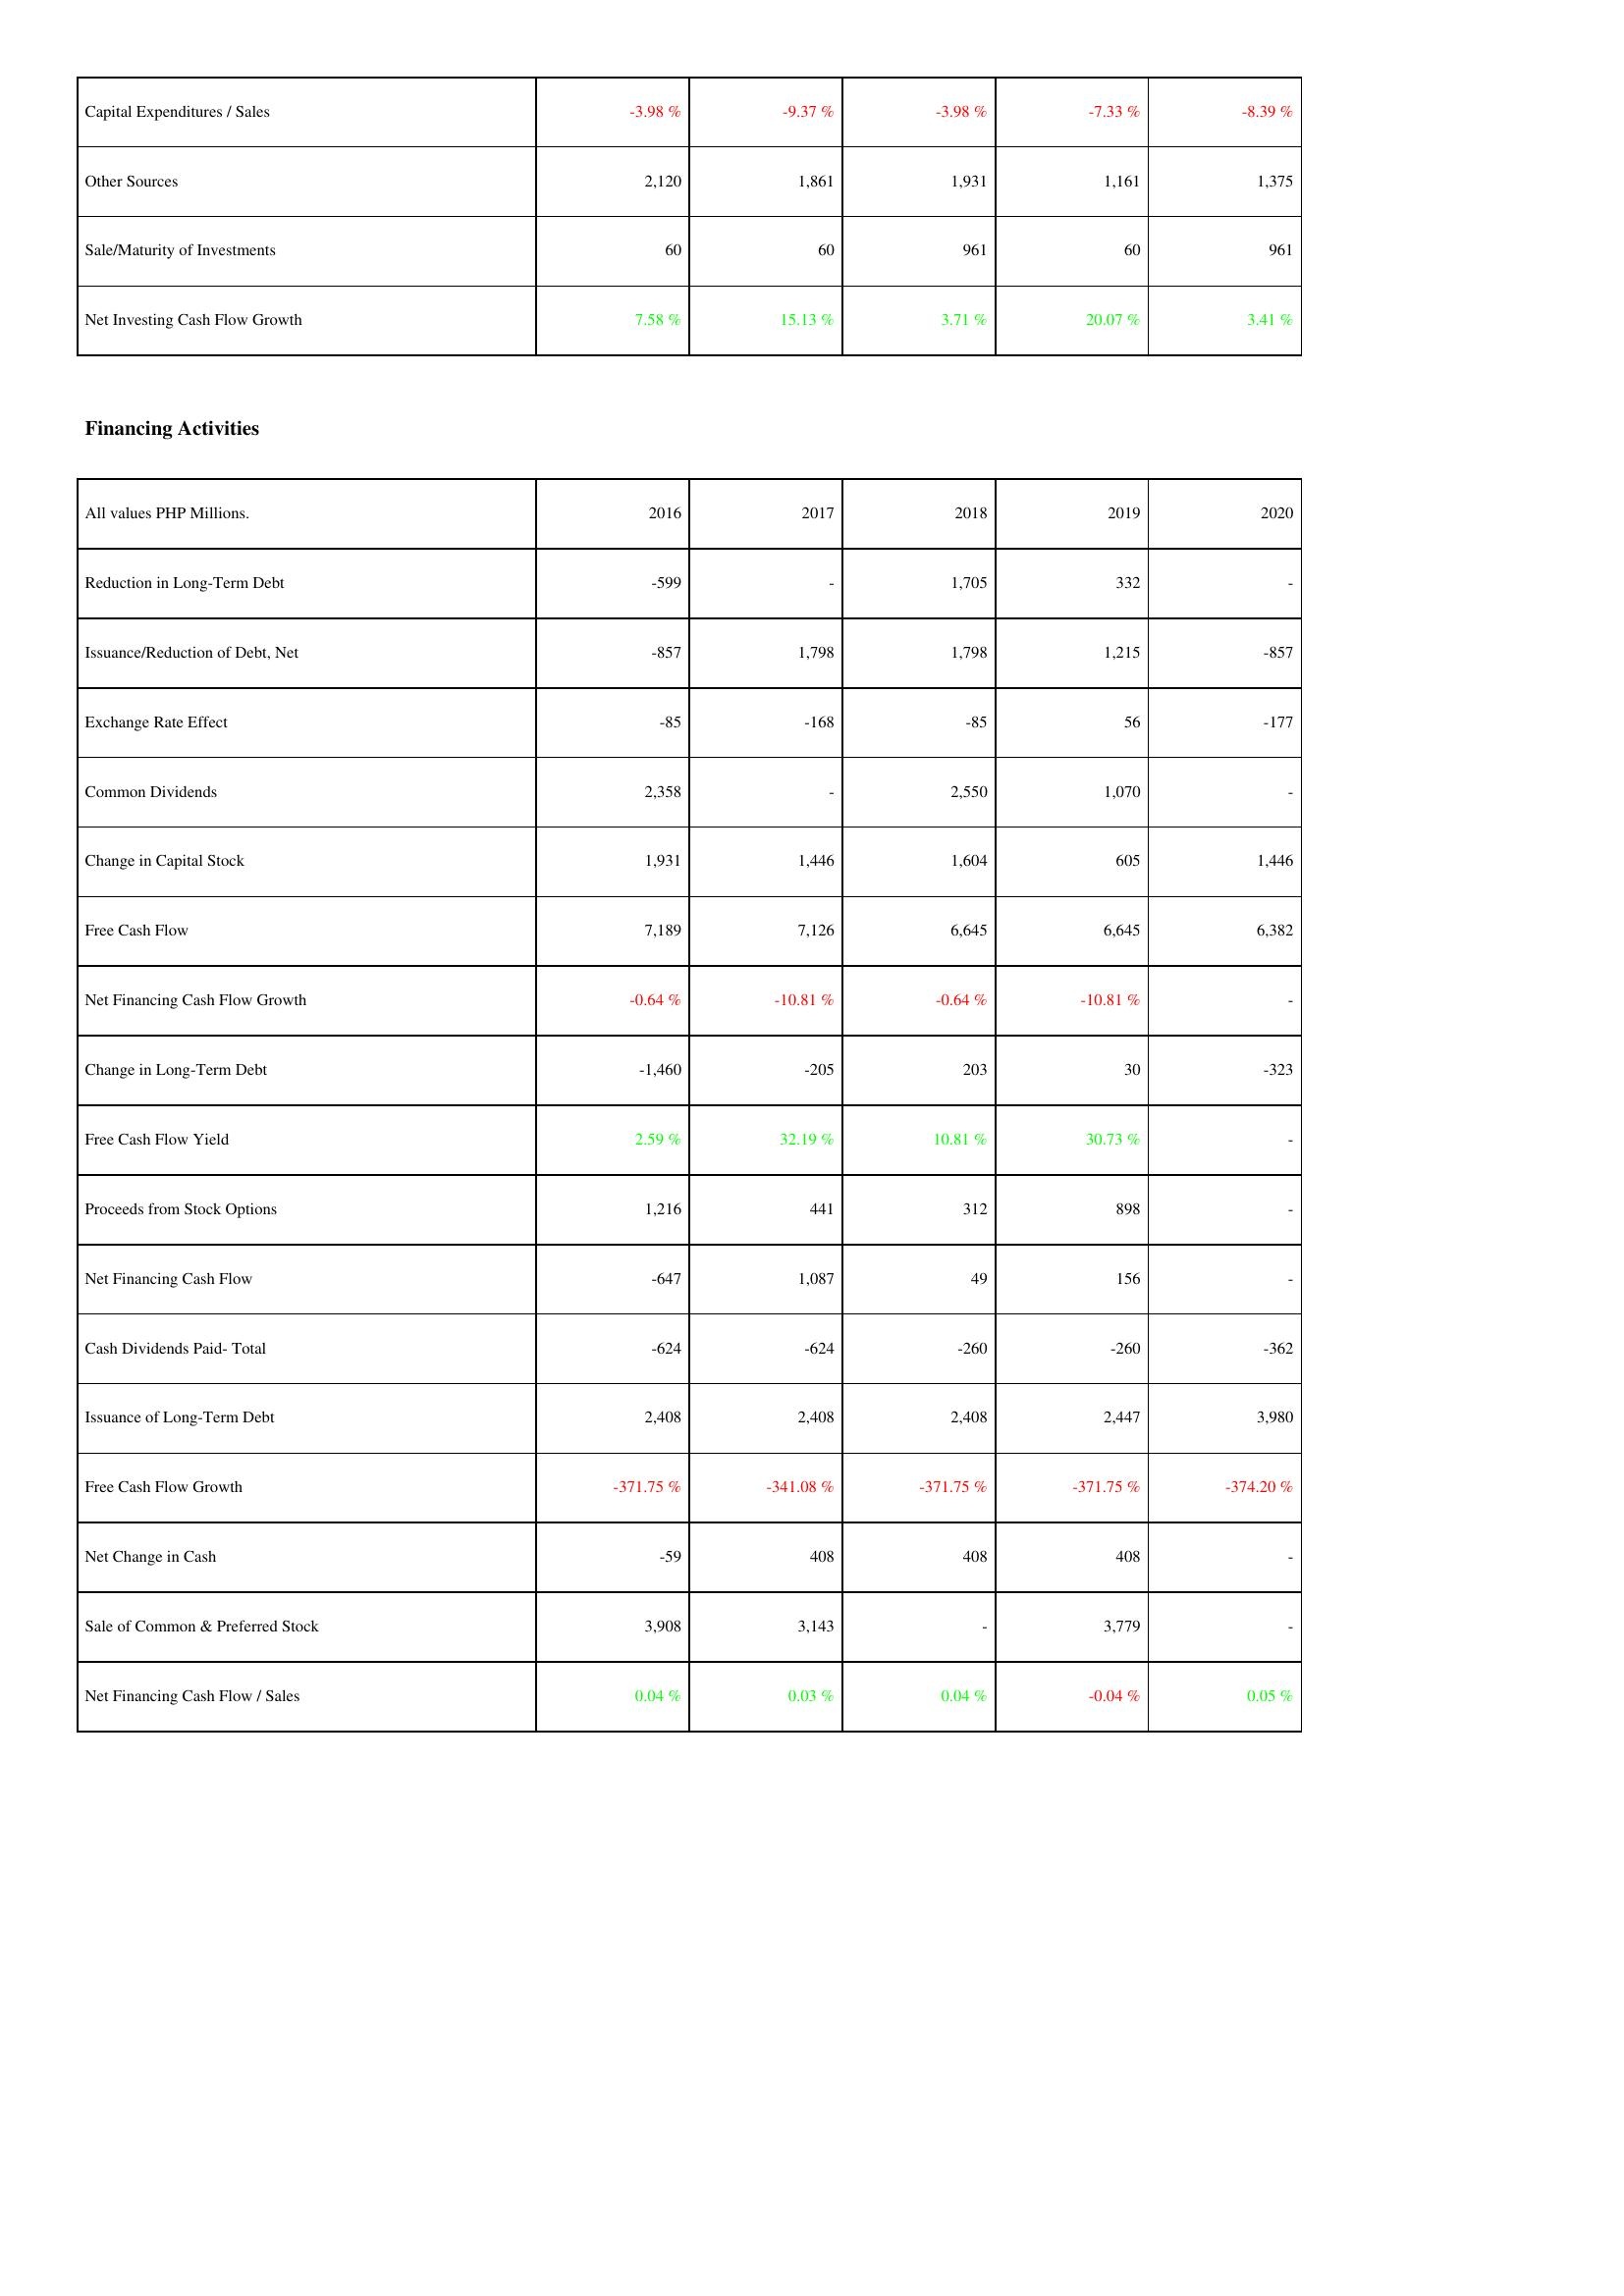
2016: Investing Activities: Capital Expenditures / Sales: -3.98 %
Other Sources: 2,120
Sale/Maturity of Investments: 60
Net Investing Cash Flow Growth: 7.58 %
Financing Activities: Reduction in Long-Term Debt: -599
Issuance/Reduction of Debt, Net: -857
Exchange Rate Effect: -85
Common Dividends: 2,358
Change in Capital Stock: 1,931
Free Cash Flow: 7,189
Net Financing Cash Flow Growth: -0.64 %
Change in Long-Term Debt: -1,460
Free Cash Flow Yield: 2.59 %
Proceeds from Stock Options: 1,216
Net Financing Cash Flow: -647
Cash Dividends Paid- Total: -624
Issuance of Long-Term Debt: 2,408
Free Cash Flow Growth: -371.75 %
Net Change in Cash: -59
Sale of Common & Preferred Stock: 3,908
Net Financing Cash Flow / Sales: 0.04 %
2017: Investing Activities: Capital Expenditures / Sales: -9.37 %
Other Sources: 1,861
Sale/Maturity of Investments: 60
Net Investing Cash Flow Growth: 15.13 %
Financing Activities: Reduction in Long-Term Debt: -
Issuance/Reduction of Debt, Net: 1,798
Exchange Rate Effect: -168
Common Dividends: -
Change in Capital Stock: 1,446
Free Cash Flow: 7,126
Net Financing Cash Flow Growth: -10.81 %
Change in Long-Term Debt: -205
Free Cash Flow Yield: 32.19 %
Proceeds from Stock Options: 441
Net Financing Cash Flow: 1,087
Cash Dividends Paid- Total: -624
Issuance of Long-Term Debt: 2,408
Free Cash Flow Growth: -341.08 %
Net Change in Cash: 408
Sale of Common & Preferred Stock: 3,143
Net Financing Cash Flow / Sales: 0.03 %
2018: Investing Activities: Capital Expenditures / Sales: -3.98 %
Other Sources: 1,931
Sale/Maturity of Investments: 961
Net Investing Cash Flow Growth: 3.71 %
Financing Activities: Reduction in Long-Term Debt: 1,705
Issuance/Reduction of Debt, Net: 1,798
Exchange Rate Effect: -85
Common Dividends: 2,550
Change in Capital Stock: 1,604
Free Cash Flow: 6,645
Net Financing Cash Flow Growth: -0.64 %
Change in Long-Term Debt: 203
Free Cash Flow Yield: 10.81 %
Proceeds from Stock Options: 312
Net Financing Cash Flow: 49
Cash Dividends Paid- Total: -260
Issuance of Long-Term Debt: 2,408
Free Cash Flow Growth: -371.75 %
Net Change in Cash: 408
Sale of Common & Preferred Stock: -
Net Financing Cash Flow / Sales: 0.04 %
2019: Investing Activities: Capital Expenditures / Sales: -7.33 %
Other Sources: 1,161
Sale/Maturity of Investments: 60
Net Investing Cash Flow Growth: 20.07 %
Financing Activities: Reduction in Long-Term Debt: 332
Issuance/Reduction of Debt, Net: 1,215
Exchange Rate Effect: 56
Common Dividends: 1,070
Change in Capital Stock: 605
Free Cash Flow: 6,645
Net Financing Cash Flow Growth: -10.81 %
Change in Long-Term Debt: 30
Free Cash Flow Yield: 30.73 %
Proceeds from Stock Options: 898
Net Financing Cash Flow: 156
Cash Dividends Paid- Total: -260
Issuance of Long-Term Debt: 2,447
Free Cash Flow Growth: -371.75 %
Net Change in Cash: 408
Sale of Common & Preferred Stock: 3,779
Net Financing Cash Flow / Sales: -0.04 %
2020: Investing Activities: Capital Expenditures / Sales: -8.39 %
Other Sources: 1,375
Sale/Maturity of Investments: 961
Net Investing Cash Flow Growth: 3.41 %
Financing Activities: Reduction in Long-Term Debt: -
Issuance/Reduction of Debt, Net: -857
Exchange Rate Effect: -177
Common Dividends: -
Change in Capital Stock: 1,446
Free Cash Flow: 6,382
Net Financing Cash Flow Growth: -
Change in Long-Term Debt: -323
Free Cash Flow Yield: -
Proceeds from Stock Options: -
Net Financing Cash Flow: -
Cash Dividends Paid- Total: -362
Issuance of Long-Term Debt: 3,980
Free Cash Flow Growth: -374.20 %
Net Change in Cash: -
Sale of Common & Preferred Stock: -
Net Financing Cash Flow / Sales: 0.05 %